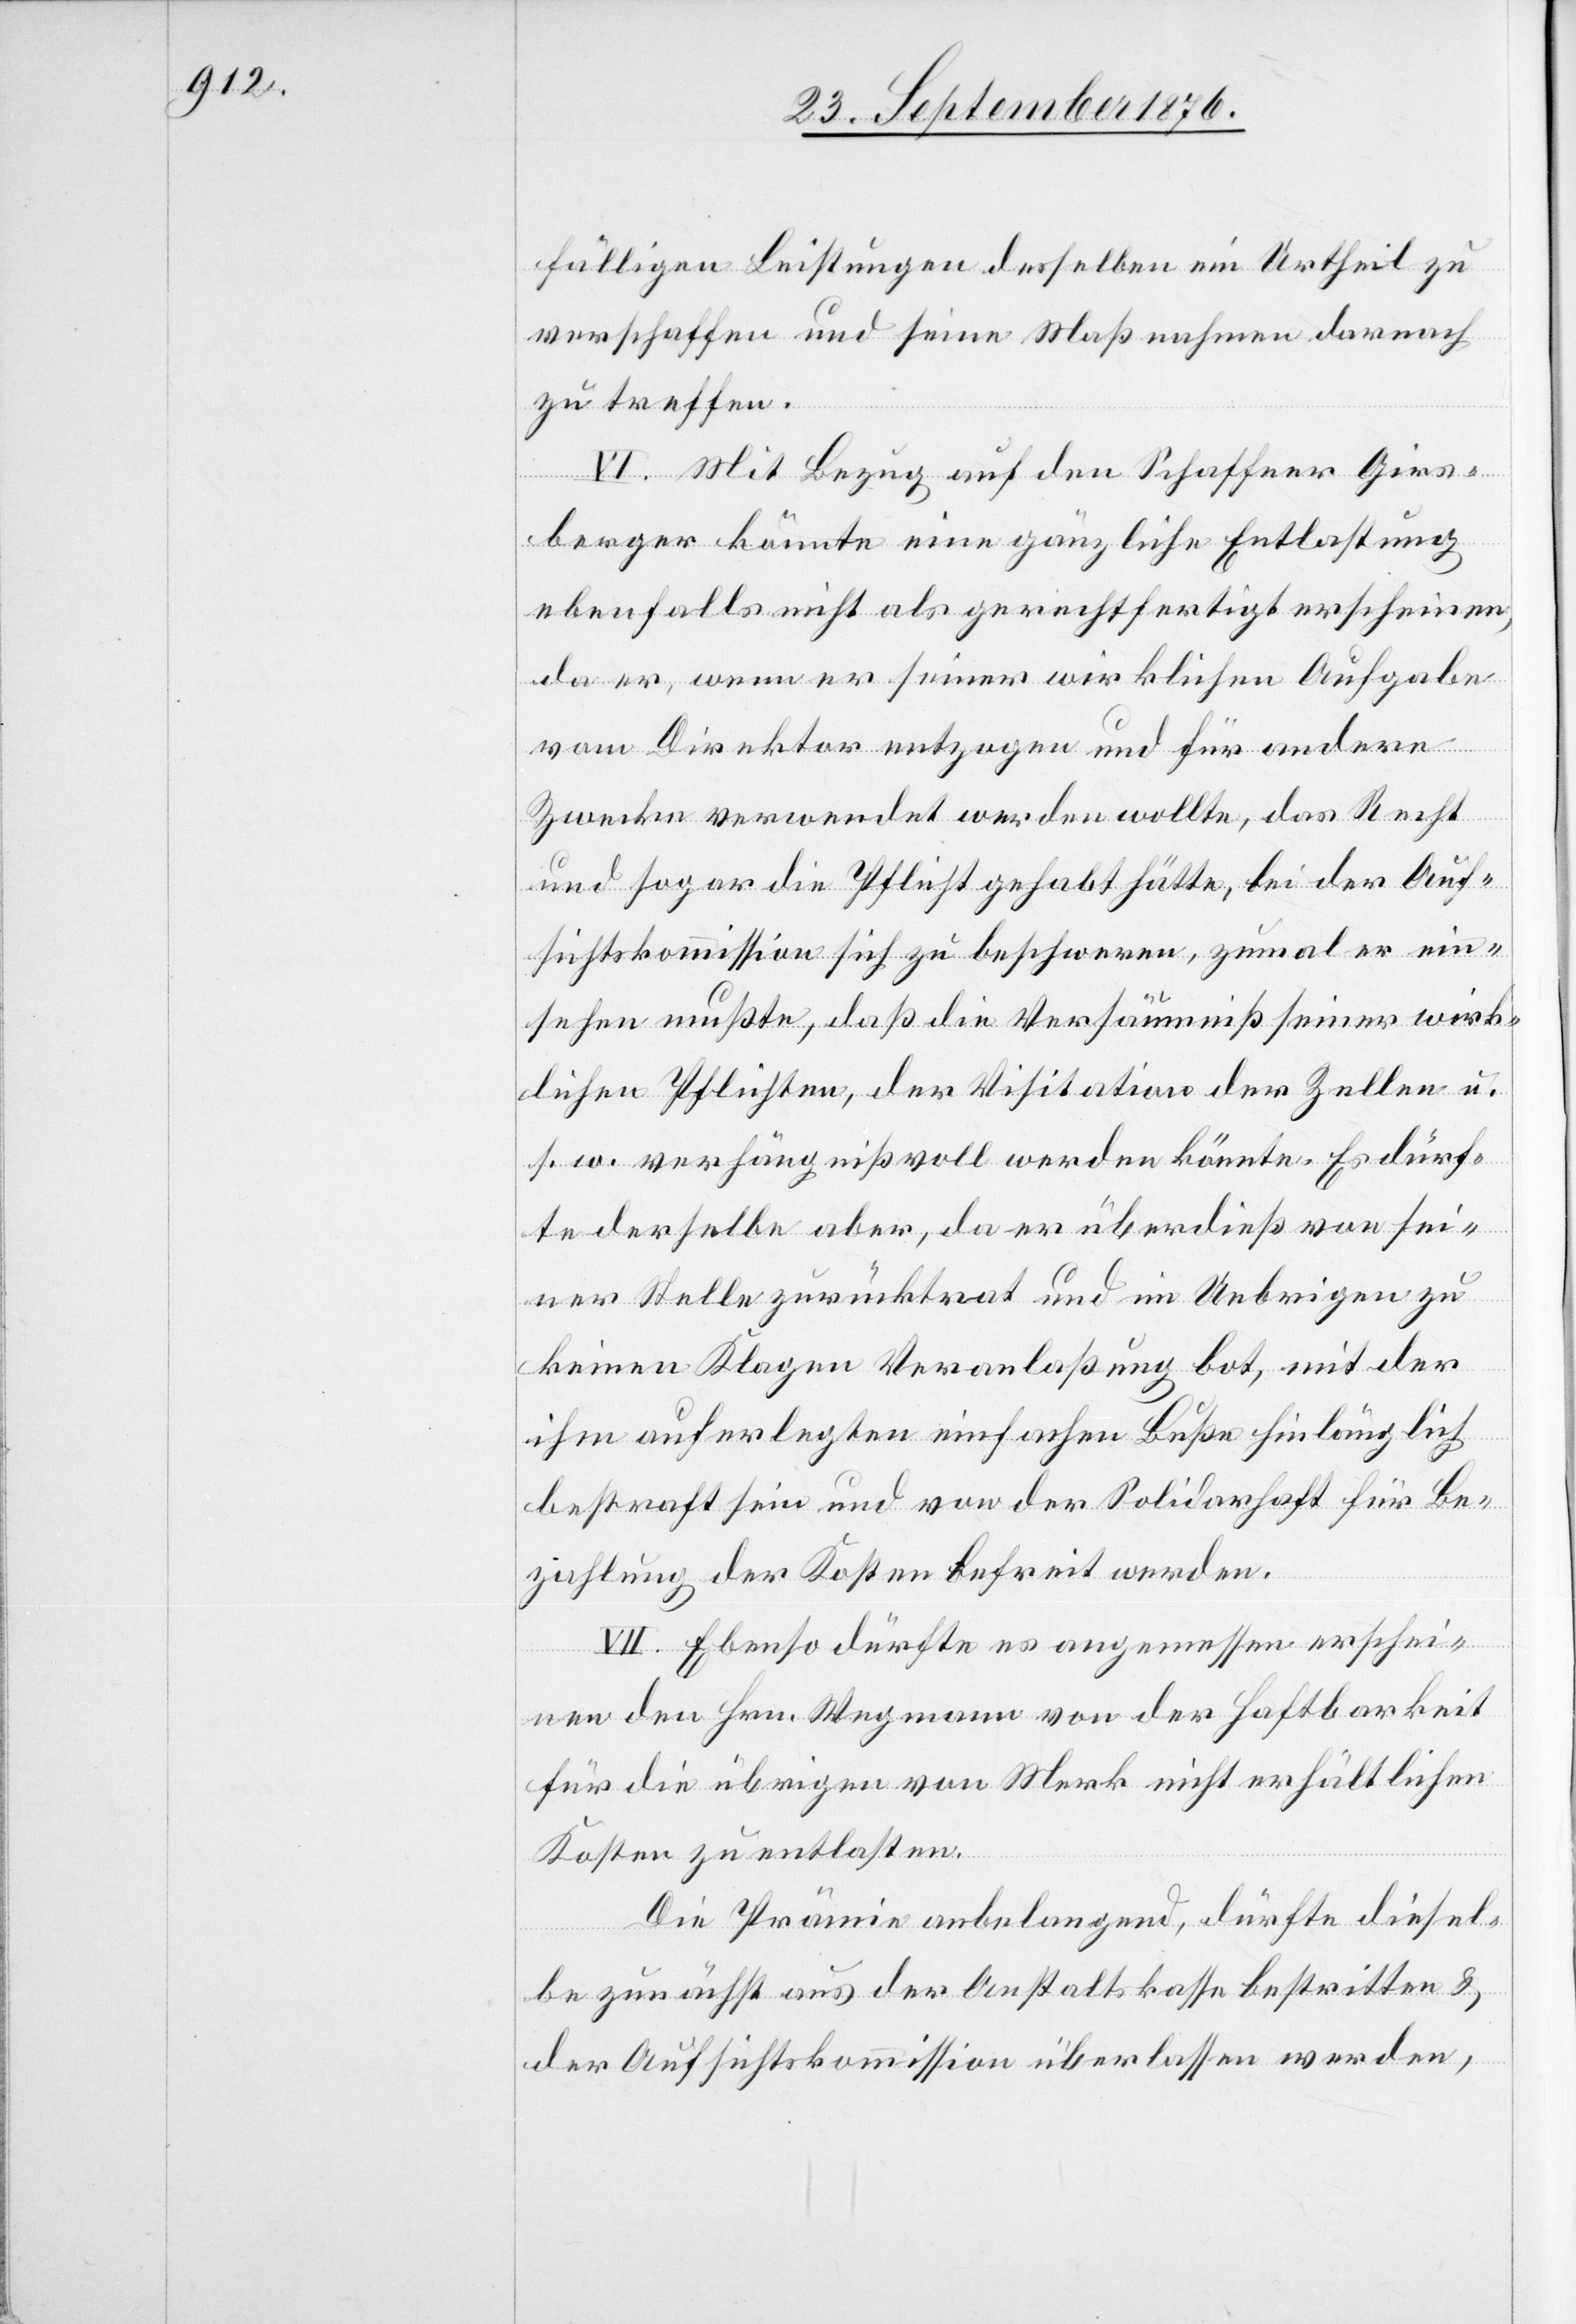
fälligen Leistungen desselben ein Urtheil zu
verschaffen und seine Maßnahmen darnach
zu treffen.
VI. Mit Bezug auf den Schaffner Girs¬
berger könnte eine gänzliche Entlastung
ebenfalls nicht als gerechtfertigt erscheinen,
da er, wenn er seiner wirklichen Aufgabe
vom Direktor entzogen und für andere
Zwecke verwendet werden wollte, das Recht
und sogar die Pflicht gehabt hätte, bei der Auf¬
sichtskommission sich zu beschweren, zumal er ein¬
sehen mußte, daß die Versäumniß seiner wirk¬
lichen Pflichten, der Visitation der Zellen u.
s. w. verhängnißvoll werden könnte. Es dürf¬
te derselbe aber, da er überdieß von sei¬
ner Stelle zurücktrat und im Uebrigen zu
keinen Klagen Veranlaßung bot, mit der
ihm auferlegten einfachen Buße hinlänglich
bestraft sein und von der Solidarhaft für Be¬
zahlung der Kosten befreit werden.
VII. Ebenso dürfte es angemessen erschei¬
nen den Hrn. Wegmann von der Haftbarkeit
für die übrigen von Merk nicht erhältlichen
Kosten zu entlasten.
Die Prämie anbelangend, dürfte diesel¬
be zunächst aufs der Anstaltskasse bestritten &
der Aufsichtskommission überlassen werden,